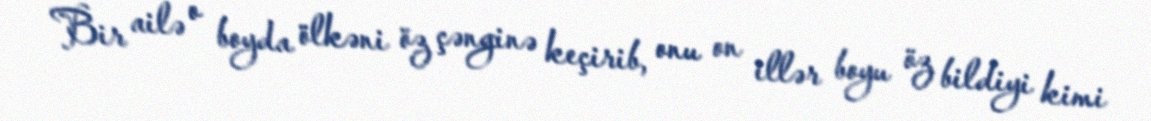
Bir ailə o boyda ölkəni öz çənginə keçirib, onu on illər boyu öz bildiyi kimi